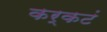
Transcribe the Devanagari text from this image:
कर्कटं